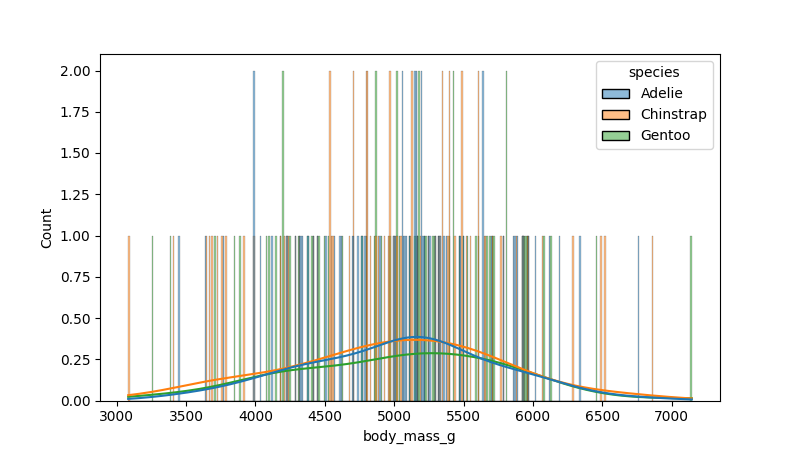
python, seaborn, histplot, hue='species', binwidth=10, bins='10', element='bars'